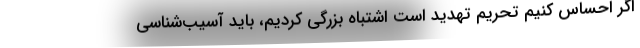
اگر احساس کنیم تحریم تهدید است اشتباه بزرگی کردیم، باید آسیب‌شناسی